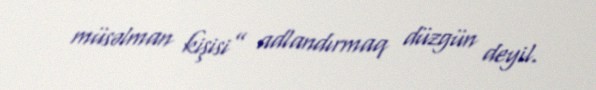
müsəlman kişisi” adlandırmaq düzgün deyil.